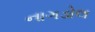
નાગડોલ